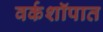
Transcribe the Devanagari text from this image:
वर्कशॉपात